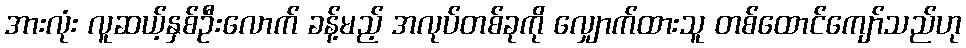
အားလုံး လူဆယ့်နှစ်ဦးလောက် ခန့်မည့် အလုပ်တစ်ခုကို လျှောက်ထားသူ တစ်ထောင်ကျော်သည်ဟု